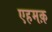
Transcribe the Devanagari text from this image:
एहमक़